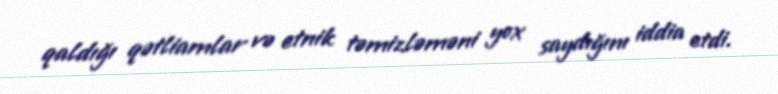
qaldığı qətliamlar və etnik təmizləməni yox saydığını iddia etdi.